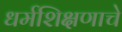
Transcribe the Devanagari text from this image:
धर्मशिक्षणाचे